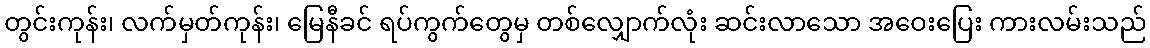
တွင်းကုန်း၊ လက်မှတ်ကုန်း၊ မြေနီခင် ရပ်ကွက်တွေမှ တစ်လျှောက်လုံး ဆင်းလာသော အဝေးပြေး ကားလမ်းသည်